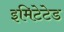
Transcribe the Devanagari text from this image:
इमिटेटेड